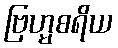
ဗြဟ္မစရိယ